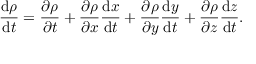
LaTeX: { \frac { \mathrm { d } \rho } { \mathrm { d } t } } = { \frac { \partial \rho } { \partial t } } + { \frac { \partial \rho } { \partial x } } { \frac { \mathrm { d } x } { \mathrm { d } t } } + { \frac { \partial \rho } { \partial y } } { \frac { \mathrm { d } y } { \mathrm { d } t } } + { \frac { \partial \rho } { \partial z } } { \frac { \mathrm { d } z } { \mathrm { d } t } } .